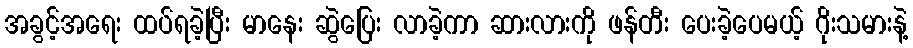
အခွင့်အရေး ထပ်ရခဲ့ပြီး မာနေး ဆွဲပြေး လာခဲ့ကာ ဆားလားကို ဖန်တီး ပေးခဲ့ပေမယ့် ဂိုးသမားနဲ့